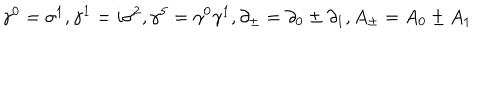
LaTeX: { \gamma } ^ { 0 } = { \sigma } ^ { 1 } , { \gamma } ^ { 1 } = i { \sigma } ^ { 2 } , { \gamma } ^ { 5 } = { \gamma } ^ { 0 } { \gamma } ^ { 1 } , \partial _ { \pm } = \partial _ { 0 } \pm \partial _ { 1 } , A _ { \pm } = A _ { 0 } \pm A _ { 1 }